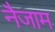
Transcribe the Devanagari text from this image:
नैजाम